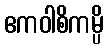
ဧကဝါစိကမ္ပိ